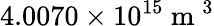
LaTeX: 4.0070\times 10^{15}\mathrm{~m~}^{3}